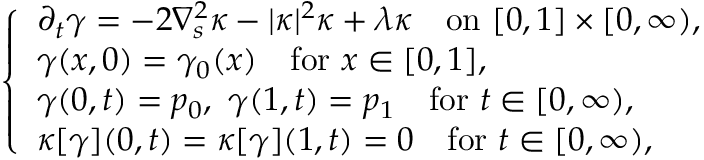
\left\{ \begin{array} { l l } { \partial _ { t } \gamma = - 2 \nabla _ { s } ^ { 2 } \kappa - | \kappa | ^ { 2 } \kappa + \lambda \kappa \quad \mathrm { o n } \ [ 0 , 1 ] \times [ 0 , \infty ) , } \\ { \gamma ( x , 0 ) = \gamma _ { 0 } ( x ) \quad \mathrm { f o r } \ x \in [ 0 , 1 ] , } \\ { \gamma ( 0 , t ) = p _ { 0 } , \ \gamma ( 1 , t ) = p _ { 1 } \quad \mathrm { f o r } \ t \in [ 0 , \infty ) , } \\ { \kappa [ \gamma ] ( 0 , t ) = \kappa [ \gamma ] ( 1 , t ) = 0 \quad \mathrm { f o r } \ t \in [ 0 , \infty ) , } \end{array} \right.